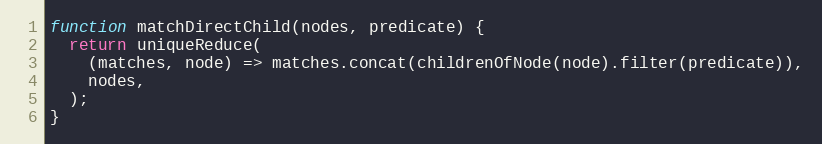
Language: JavaScript
function matchDirectChild(nodes, predicate) {
  return uniqueReduce(
    (matches, node) => matches.concat(childrenOfNode(node).filter(predicate)),
    nodes,
  );
}